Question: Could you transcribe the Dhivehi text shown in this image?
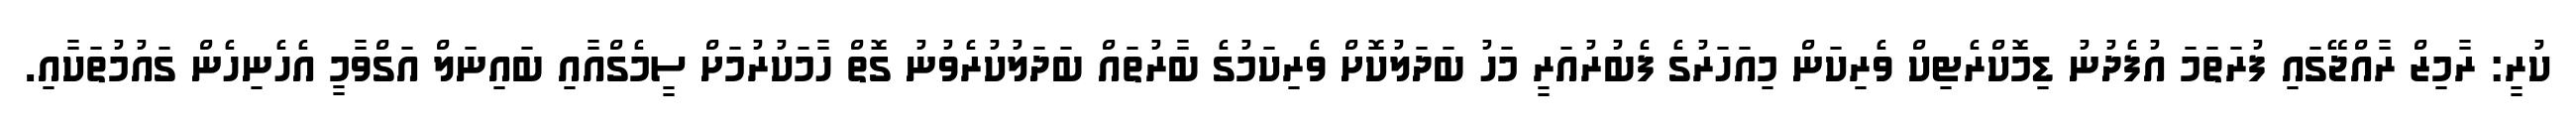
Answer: ކުރީ: ރާމިޒް ރާއްޖޭގައި ފުރަތަމަ އުފެދުނު ޑިމޮކްރެޓިކް ވެރިކަން މިއަހަރުގެ ފެބުރުއަރީ މަހު ބަދަލުކޮށް ވެރިކަމުގެ ބާރުތައް ބަދަލުކުރެވުނު ގޮތް ހާމަކުރުމަށް ސީމެގްއާއި ބައިނަލް އަގްވާމީ އެހެނިހެން ގައުމުތަކާއި.